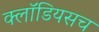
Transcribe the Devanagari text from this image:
क्लॉडियसच